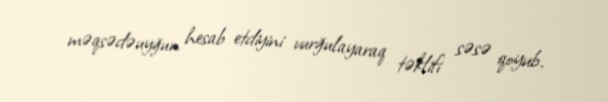
məqsədəuyğun hesab etdiyini vurğulayaraq təklifi səsə qoyub.